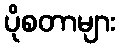
ပိုစတာများ